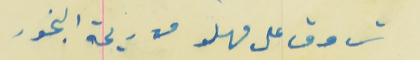
تروق على مهلو من ريحة البخور